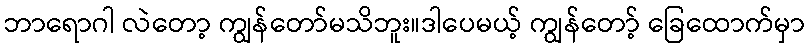
ဘာရောဂါ လဲတော့ ကျွန်တော်မသိဘူး။ဒါပေမယ့် ကျွန်တော့် ခြေထောက်မှာ